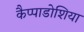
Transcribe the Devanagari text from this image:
कैप्पाडोशिया